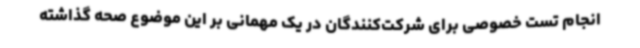
انجام تست خصوصی برای شرکت‌کنندگان در یک مهمانی بر این موضوع صحه گذاشته